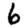
Digit: 6